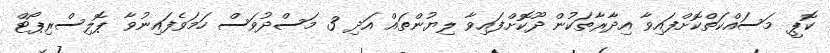
ކޮޕީ މަސައްކަތްކޮށްފައިވާ އިދާރާތަކުން ދޫކޮށްފައިވާ ލިޔުންތައް އަދި 3 މަސްދުވަސް ހަމަވެފައިނުވާ ޕޮލިސްރިޕޯޓް